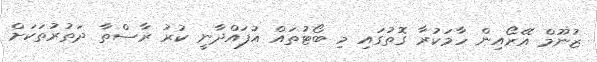
ޒުނޫމް އޭރޯއިން ހާމަކުރާ ގޮތުގައި މި ބޯޓުތައް އުފައްދާނީ ކުރު ރާސްތާ ދަތުރުތަކަށް